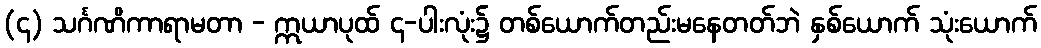
(၄) သင်္ဂဏိကာရာမတာ - ဣယာပုထ် ၄-ပါးလုံး၌ တစ်ယောက်တည်းမနေတတ်ဘဲ နှစ်ယောက် သုံးယောက်